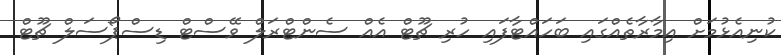
ކުނިއެޅުމަށް އިމާރާތެއްގައި ބަހައްޓާފައި ހުރި ޗޫޓް އެއް ސެންޓްރަލް ވޭސްޓް ޑިސްޕޯސަލް ޗޫޓް